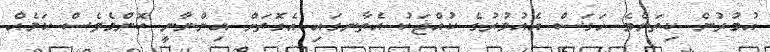
އުމުރުން ކިތަންމެ ހަގަސް އެއުމުރުގެ ކުއްޖަކު އެތާނގައި އެގޮތަށް އިންނާނީ ކޮންމެވެސް ކަމެއް